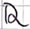
Text: R